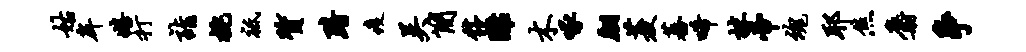
姑戽嬉打诣桃祗质黯疫吴简髂离木啄翩菱蕃唏抹帝魂耶焦麝争